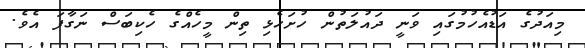
މިއަދުގެ އަޑުއެހުމުގައި ވަނީ ދައުލަތުން ހުށަހެޅި ތިން މީހެއްގެ ހެކިބަސް ނަގާފަ އެވެ.